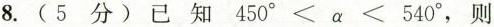
8.(5分)已知$$450^{\circ}<\alpha <540^{\circ}，则